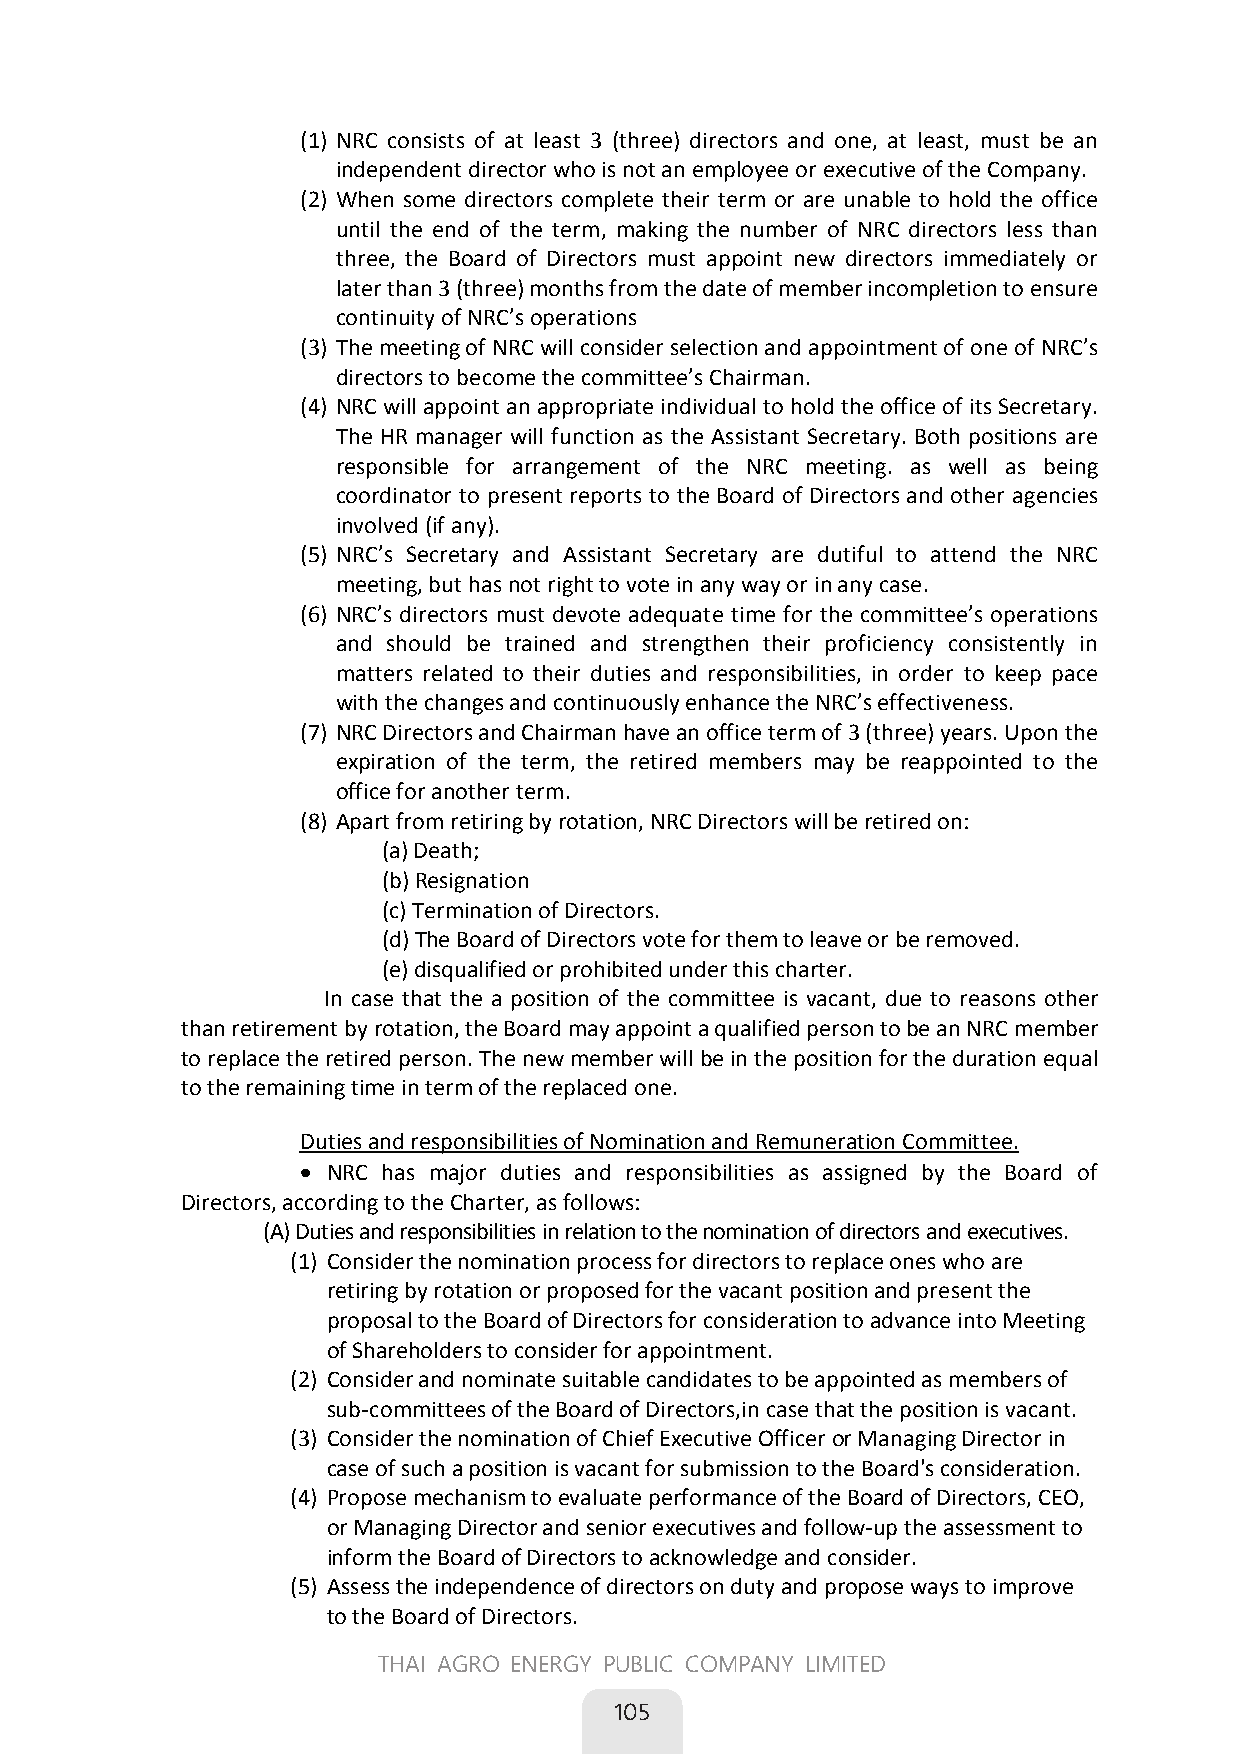
(1) NRC consists of at least 3(three) directors and one, at least, must be an
 independent director who is not an employee or executive of the Company.
 (2) When some directors complete their term or are unable to hold the office
 until the end of the term, making the number of NRC directors less than
 three, the Board of Directors must appoint new directors immediately or
 later than 3 (three) months from the date of member incompletion to ensure
 continuity of NRC’s operations
 (3) The meeting of NRC will consider selection and appointment of one of NRC’s
 directors to become the committee’s Chairman.
 (4) NRC will appoint an appropriate individual to hold the office of its Secretary.
 The HR manager will function as the Assistant Secretary. Both positions are
 responsible for arrangement of the NRC meeting. as well as being
 coordinator to present reports to the Board of Directors and other agencies
 involved (if any).
 (5) NRC’s Secretary and Assistant Secretary are dutiful to attend the NRC
 meeting, but has not right to vote in any way or in any case.
 (6) NRC’s directors must devote adequate time for the committee’s operations
 and should be trained and strengthen their proficiency consistently in
 matters related to their duties and responsibilities, in order to keep pace
 with the changes and continuously enhance the NRC’s effectiveness.
 (7) NRC Directors and Chairman have an office term of 3 (three) years. Upon the
 expiration of the term, the retired members may be reappointed to the
 office for another term.
 (8) Apart from retiring by rotation, NRC Directors will be retired on:
 (a)Death;
 (b)Resignation
 (c)Termination of Directors.
 (d)The Board of Directors vote for them to leave or be removed.
 (e)disqualified or prohibited under this charter.
 In case that the a position of the committee is vacant, due to reasons other
 than retirement by rotation, the Board may appoint a qualified person to be an NRC member
 to replace the retired person. The new member will be in the position for the duration equal
 to the remaining time in term of the replaced one.
 Duties and responsibilities of Nomination and Remuneration Committee.
  NRC has major duties and responsibilities as assigned by the Board of
 Directors, according to the Charter, as follows:
 (A) Duties and responsibilities in relation to the nomination of directors and executives.
 (1) Consider the nomination process for directors to replace ones who are
 retiring by rotation or proposed for the vacant position and present the
 proposal to the Board of Directors for consideration to advance into Meeting
 of Shareholders to consider for appointment.
 (2) Consider and nominate suitable candidates to be appointed as members of
 sub-committees of the Board of Directors,in case that the position is vacant.
 (3) Consider the nomination of Chief Executive Officer or Managing Director in
 case of such a position is vacant for submission to the Board's consideration.
 (4) Propose mechanism to evaluate performance of the Board of Directors, CEO,
 or Managing Director and senior executives and follow-up the assessment to
 inform the Board of Directors to acknowledge and consider.
 (5) Assess the independence of directors on duty and propose ways to improve
 to the Board of Directors.
 67
 THAI AGRO ENERGY PUBLIC COMPANY LIMITED
 
 105